Vaccine operations Central Provinces 1868-1885 - 1868-1885
Year: 1868
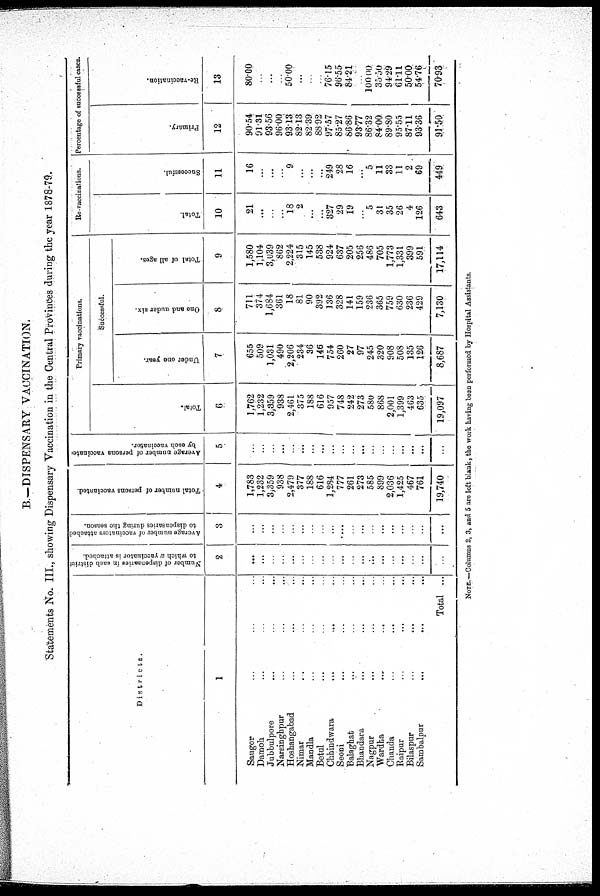
B.—DISPENSARY VACCINATION.
Statements No. III., showing Dispensary Vaccination in the Central Provinces during the year 1878-79.
Districts.
1
Saugor ... ... ...
Damoh ... ... ...
Jubbulpore ... ... ...
Narsinghpur ... ... ...
Hoshangabad ... ... ...
Nimar ... ... ...
Mandla ... ... ...
Betul ... ... ...
Chhindwara ... ... ...
Seoni ... ... ...
Balaghat ... ... ...
Bhandara ... ... ...
Nagpur ... ... ...
Wardha
...
...
...
Chanda ... ... ...
Raipur ... ... ...
Bilaspur
...
...
...
Sambalpur ... ... ...
Total ...
Number of dispensaries in each district
to which a vaccinator is attached.
2
...
...
...
...
...
...
...
...
...
...
...
...
...
...
...
...
...
...
...
Average number of vaccinators attached
to dispensaries during the season.
3
...
...
...
...
...
...
...
...
...
...
...
...
...
...
...
...
...
...
...
Total number of persons vaccinated.
4
1,783
1,232
3,359
938
2,479
377
188
616
1,284
777
261
273
585
899
2,036
1,425
467
761
19,740
Average number of persons vaccinated
by each vaccinator.
5
...
...
...
...
...
...
...
...
...
...
...
...
...
...
...
...
...
...
...
Primary vaccinations.
Total.
6
1,762
1,232
3,359
938
2,461
375
188
616
957
748
242
273
580
868
2,001
1,399
463
635
19,097
Successful.
Under one year.
7
655
509
1,031
490
2,206
234
36
146
754
260
27
97
245
320
908
508
135
126
8,687
One and under six.
8
711
374
1,684
361
18
81
90
392
136
328
141
159
236
365
759
630
236
429
7,130
Total of all ages.
9
1,580
1,104
3,039
862
2,224
315
145
538
924
637
205
256
486
705
1,773
1,331
399
591
17,114
Re-vaccinations.
Total.
10
21
...
...
...
18
2
...
...
327
29
19
...
5
31
35
26
4
126
643
Successful.
11
16
...
...
...
9
...
...
...
249
28
16
...
5
11
33
11
2
69
449
Percentage of successful cases.
Primary.
12
90.54
91.31
93.56
96.00
93.13
82.13
82.39
88.92
97.57
85.27
86.86
93.77
86.32
84.00
89.80
95.55
87.11
93.36
91.50
Re-vaccination.
13
80.00
...
...
...
50.00
...
...
...
76.15
96.55
84.21
...
100.00
35.50
94.29
61.11
50.00
54.76
70.93
NOTE.—Columns 2, 3, and 5 are left blank, the work having been performed by Hospital Assistants.